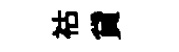
祜貸